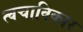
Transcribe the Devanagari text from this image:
त्वचाविकार